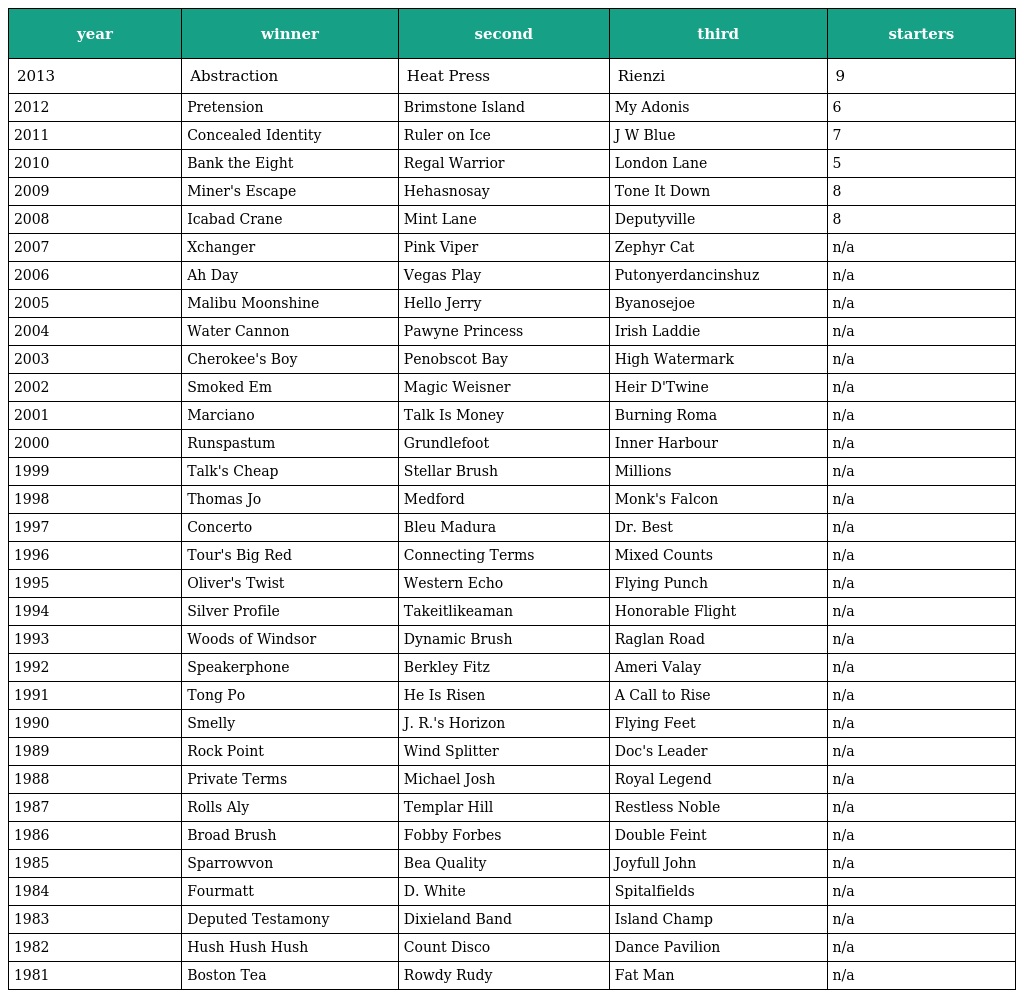
| year | winner | second | third | starters |
 | --- | --- | --- | --- | --- |
 | 2013 | Abstraction | Heat Press | Rienzi | 9 |
 | 2012 | Pretension | Brimstone Island | My Adonis | 6 |
 | 2011 | Concealed Identity | Ruler on Ice | J W Blue | 7 |
 | 2010 | Bank the Eight | Regal Warrior | London Lane | 5 |
 | 2009 | Miner's Escape | Hehasnosay | Tone It Down | 8 |
 | 2008 | Icabad Crane | Mint Lane | Deputyville | 8 |
 | 2007 | Xchanger | Pink Viper | Zephyr Cat | n/a |
 | 2006 | Ah Day | Vegas Play | Putonyerdancinshuz | n/a |
 | 2005 | Malibu Moonshine | Hello Jerry | Byanosejoe | n/a |
 | 2004 | Water Cannon | Pawyne Princess | Irish Laddie | n/a |
 | 2003 | Cherokee's Boy | Penobscot Bay | High Watermark | n/a |
 | 2002 | Smoked Em | Magic Weisner | Heir D'Twine | n/a |
 | 2001 | Marciano | Talk Is Money | Burning Roma | n/a |
 | 2000 | Runspastum | Grundlefoot | Inner Harbour | n/a |
 | 1999 | Talk's Cheap | Stellar Brush | Millions | n/a |
 | 1998 | Thomas Jo | Medford | Monk's Falcon | n/a |
 | 1997 | Concerto | Bleu Madura | Dr. Best | n/a |
 | 1996 | Tour's Big Red | Connecting Terms | Mixed Counts | n/a |
 | 1995 | Oliver's Twist | Western Echo | Flying Punch | n/a |
 | 1994 | Silver Profile | Takeitlikeaman | Honorable Flight | n/a |
 | 1993 | Woods of Windsor | Dynamic Brush | Raglan Road | n/a |
 | 1992 | Speakerphone | Berkley Fitz | Ameri Valay | n/a |
 | 1991 | Tong Po | He Is Risen | A Call to Rise | n/a |
 | 1990 | Smelly | J. R.'s Horizon | Flying Feet | n/a |
 | 1989 | Rock Point | Wind Splitter | Doc's Leader | n/a |
 | 1988 | Private Terms | Michael Josh | Royal Legend | n/a |
 | 1987 | Rolls Aly | Templar Hill | Restless Noble | n/a |
 | 1986 | Broad Brush | Fobby Forbes | Double Feint | n/a |
 | 1985 | Sparrowvon | Bea Quality | Joyfull John | n/a |
 | 1984 | Fourmatt | D. White | Spitalfields | n/a |
 | 1983 | Deputed Testamony | Dixieland Band | Island Champ | n/a |
 | 1982 | Hush Hush Hush | Count Disco | Dance Pavilion | n/a |
 | 1981 | Boston Tea | Rowdy Rudy | Fat Man | n/a |